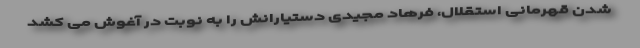
شدن قهرمانی استقلال، فرهاد مجیدی دستیارانش را به نوبت در آغوش می کشد